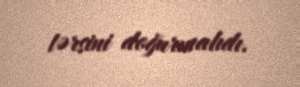
tərsini doğurmalıdı.